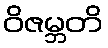
ဝိဇမ္ဘတိ